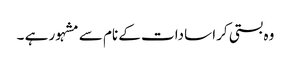
وہ بستی کرا سادات کے نام سے مشہور ہے ۔